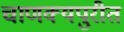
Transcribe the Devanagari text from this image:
चाणक्यपुरीत